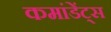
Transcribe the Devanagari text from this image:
कमांडेंट्स